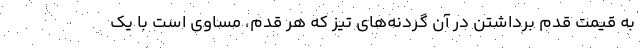
به قيمت قدم برداشتن در آن گردنه‌هاي تيز كه هر قدم، مساوي است با يك